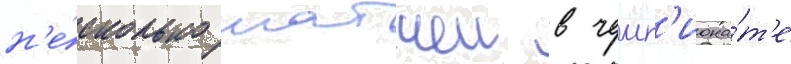
н'е́сколько матчеи в чемп'иона́т'е